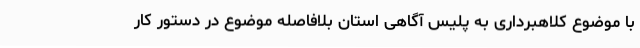
با موضوع کلاهبرداری به پلیس آگاهی استان بلافاصله موضوع در دستور کار